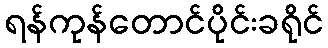
ရန်ကုန်တောင်ပိုင်းခရိုင်